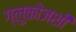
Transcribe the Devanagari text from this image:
ग्लुकोजशी